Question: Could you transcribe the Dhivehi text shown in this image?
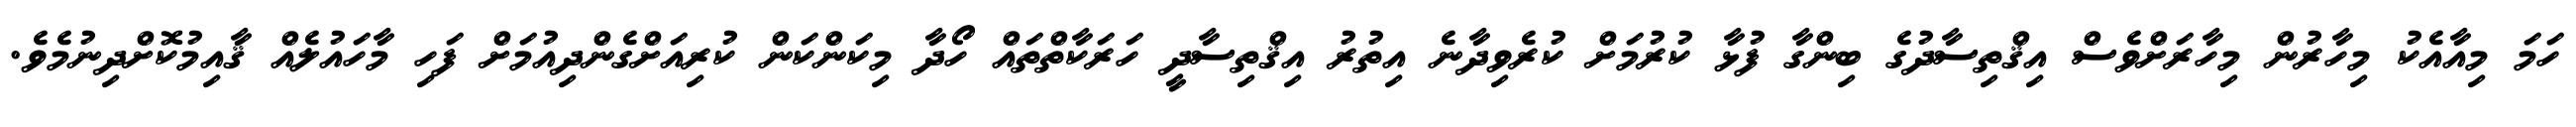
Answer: ހަމަ މިއާއެކު މިހާރުން މިހާރަށްވެސް އިޤްތިސާދުގެ ބިންގާ ފުޅާ ކުރުމަށް ކުރެވިދާނެ އިތުރު އިޤްތިސާދީ ހަރަކާތްތައް ހޯދާ މިކަންކަން ކުރިއަށްގެންދިއުމަށް ފަހި މާހައުލެއް ޤާއިމުކޮށްދިނުމެވެ.